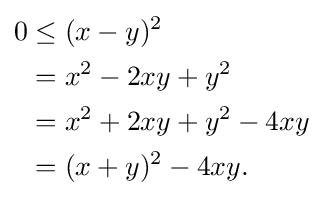
{\begin{aligned}0&\leq (x-y)^{2}\\&=x^{2}-2xy+y^{2}\\&=x^{2}+2xy+y^{2}-4xy\\&=(x+y)^{2}-4xy.\end{aligned}}